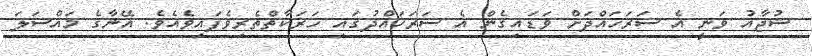
ޝުޖާއު ވަނީ އެ ސަރަހައްދަށް ވަޑައިގެން އެ ސަރަހައްދުގައި ހަރަކާތްތެރިވެފައިވެއެވެ. އޭނާގެ މައްސަލަ